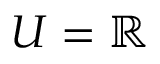
U = \mathbb { R }